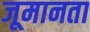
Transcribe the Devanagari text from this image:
जूमानता